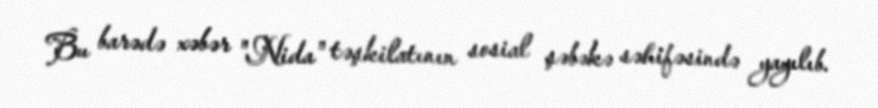
Bu barədə xəbər "Nida" təşkilatının sosial şəbəkə səhifəsində yayılıb.